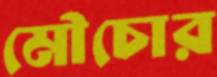
মৌচোর